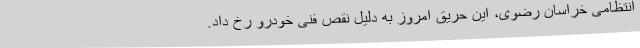
انتظامی خراسان رضوی، این حریق امروز به دلیل نقص فنی خودرو رخ داد.